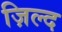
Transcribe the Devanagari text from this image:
ज़िल्द